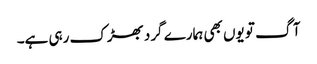
آگ تو یوں بھی ہمارے گرد بھڑک رہی ہے۔